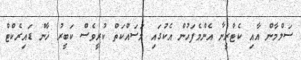
ސަލްމާން އާއި ކެޓްރީނާ އެންމެފަހުން އެކުގައި މަސައްކަތް ކުރީވެސް ކަބީރު ޚާން ޑައިރެކްޓް